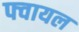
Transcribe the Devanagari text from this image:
फ्वायल